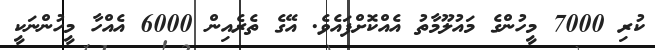
ކުރި 7000 މީހުންގެ މައުލޫމާތު އެއްކޮށްފައެވެ. އޭގެ ތެރެއިން 6000 އެއްހާ މީހުންނަކީ